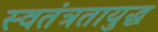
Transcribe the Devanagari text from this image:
स्वतंत्रतायुद्ध